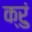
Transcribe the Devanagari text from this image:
क्रुं